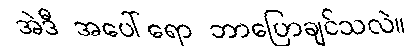
အဲဒီ အပေါ်ရော ဘာပြောချင်သလဲ။